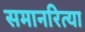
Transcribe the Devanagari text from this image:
समानरित्या